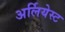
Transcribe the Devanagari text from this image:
अर्लियेस्ट